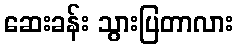
ဆေးခန်း သွားပြတာလား